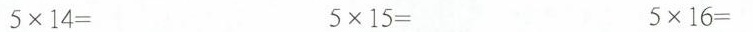
5\times14= 5\times13= 5\times16=